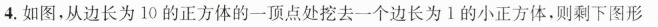
4.如图，从边长为10的正方体的一顶点处挖去一个边长为i的小正方体，则剩下图形的